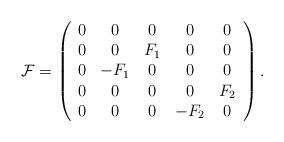
LaTeX: \begin{align*}{\cal F}=\left(\begin{array}{ccccc}0 & 0 & 0 & 0 & 0 \\0 & 0 & F_1 & 0 & 0 \\0 & -F_1& 0 & 0 & 0 \\0 & 0 & 0 & 0 & F_2 \\0 & 0 & 0 & -F_2 & 0\end{array}\right).\end{align*}